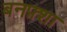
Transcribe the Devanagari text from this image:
बनफ़्शा